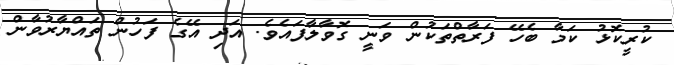
ކުރީކޮޅު ކަމާ ބެހޭ ފަރާތްތަކުން ވަނީ ގޮވާލާފައެވެ. އަދި އޭގެ ފަހުން ތައްޔާރުވާން